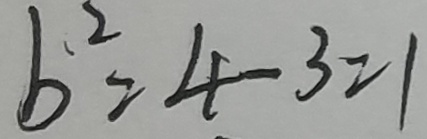
b ^ { 2 } = 4 - 3 = 1